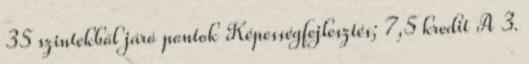
35 szintekből járó pontok Képességfejlesztés; 7,5 kredit A 3.